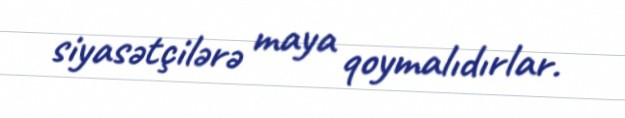
siyasətçilərə maya qoymalıdırlar.